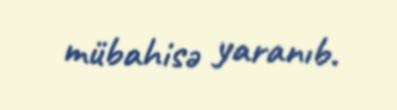
mübahisə yaranıb.